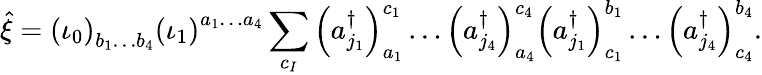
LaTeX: \hat{\xi}=\left(\iota_{0}\right)_{b_{1}\dots b_{4}}\left(\iota_{1}\right)^{a_{1}\dots a_{4}}\sum_{c_{I}}\left(a_{j_{1}}^{\dagger}\right)_{a_{1}}^{c_{1}}\dots\left(a_{j_{4}}^{\dagger}\right)_{a_{4}}^{c_{4}}\left(a_{j_{1}}^{\dagger}\right)_{c_{1}}^{b_{1}}\dots\left(a_{j_{4}}^{\dagger}\right)_{c_{4}}^{b_{4}}.